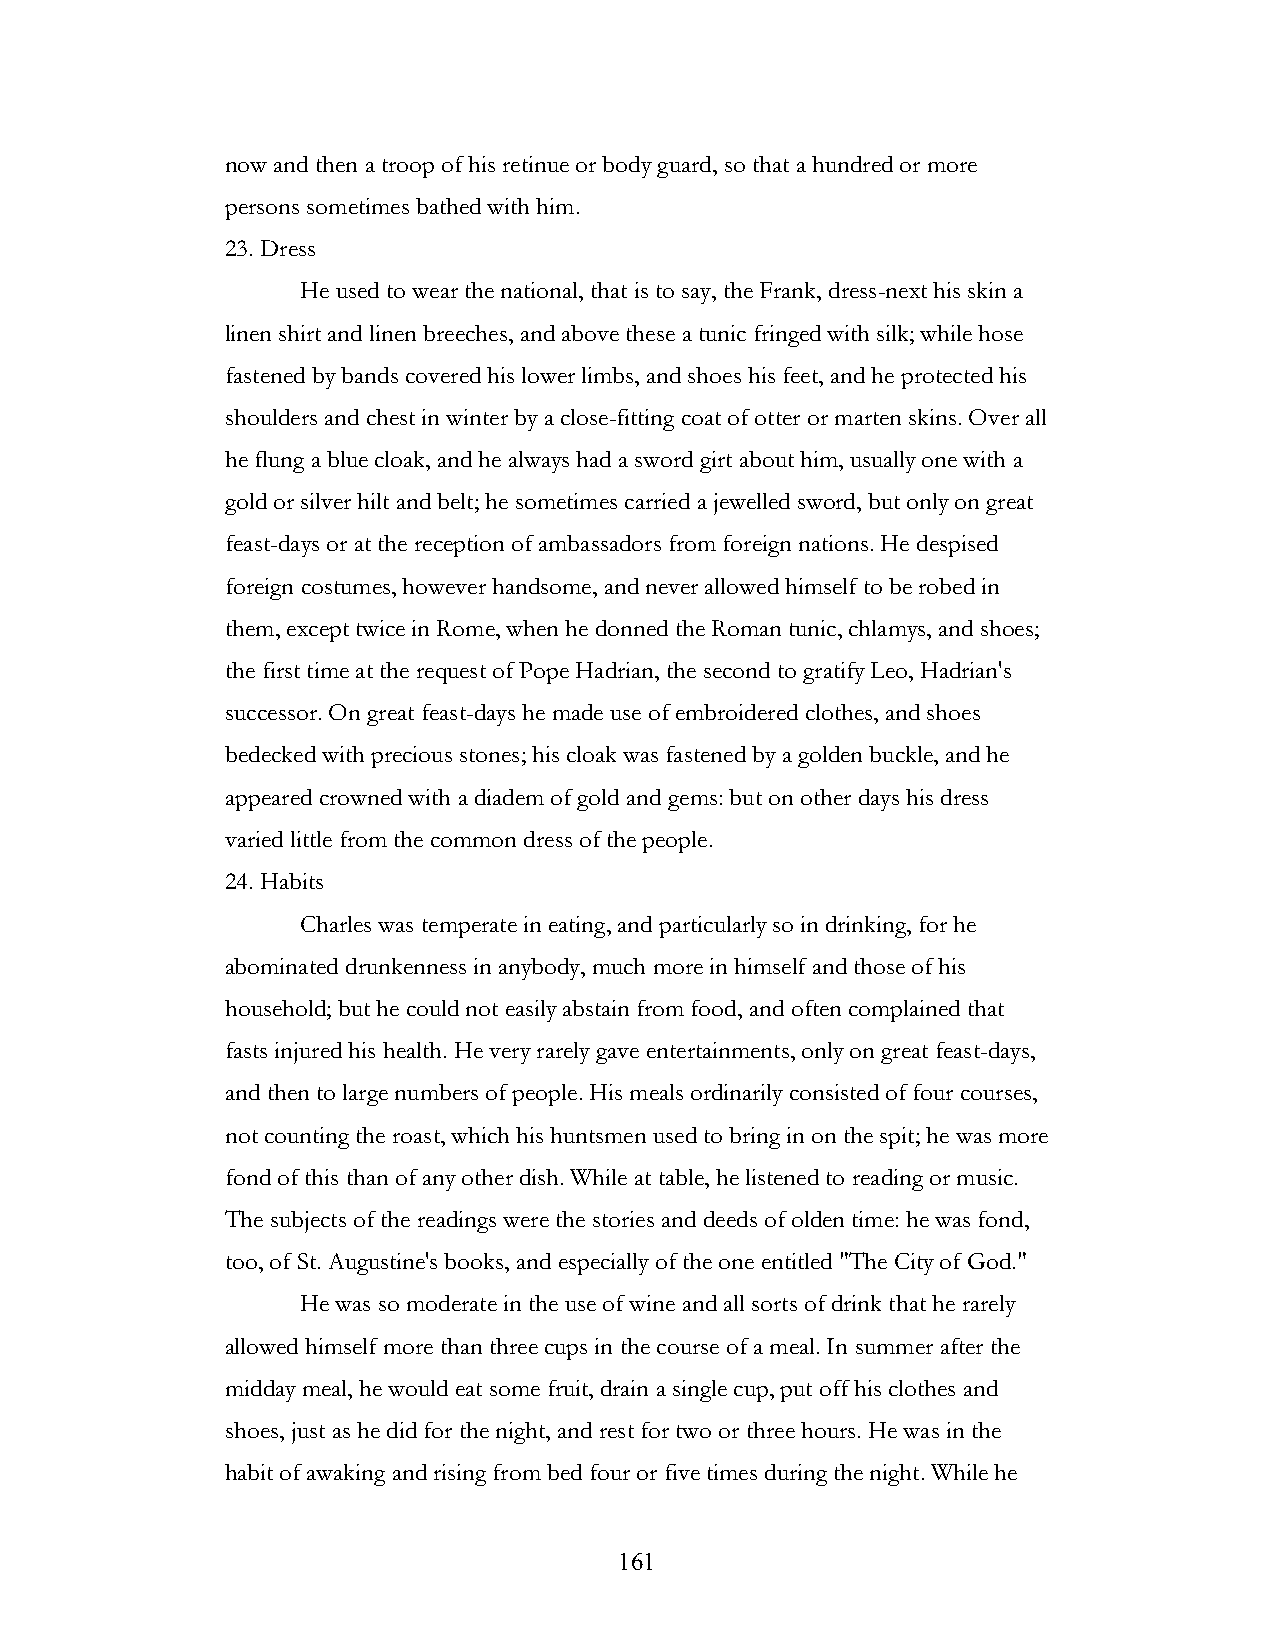
now and then a troop of his retinue or body guard, so that a hundred or more
 persons sometimes bathed with him.
 23. Dress
 He used to wear the national, that is to say, the Frank, dress-next his skin a
 linen shirt and linen breeches, and above these a tunic fringed with silk; while hose
 fastened by bands covered his lower limbs, and shoes his feet, and he protected his
 shoulders and chest in winter by a close-fitting coat of otter or marten skins. Over all
 he flung a blue cloak, and he always had a sword girt about him, usually one with a
 gold or silver hilt and belt; he sometimes carried a jewelled sword, but only on great
 feast-days or at the reception of ambassadors from foreign nations. He despised
 foreign costumes, however handsome, and never allowed himself to be robed in
 them, except twice in Rome, when he donned the Roman tunic, chlamys, and shoes;
 the first time at the request of Pope Hadrian, the second to gratify Leo, Hadrian's
 successor. On great feast-days he made use of embroidered clothes, and shoes
 bedecked with precious stones; his cloak was fastened by a golden buckle, and he
 appeared crowned with a diadem of gold and gems: but on other days his dress
 varied little from the common dress of the people.
 24. Habits
 Charles was temperate in eating, and particularly so in drinking, for he
 abominated drunkenness in anybody, much more in himself and those of his
 household; but he could not easily abstain from food, and often complained that
 fasts injured his health. He very rarely gave entertainments, only on great feast-days,
 and then to large numbers of people. His meals ordinarily consisted of four courses,
 not counting the roast, which his huntsmen used to bring in on the spit; he was more
 fond of this than of any other dish. While at table, he listened to reading or music.
 The subjects of the readings were the stories and deeds of olden time: he was fond,
 too, of St. Augustine's books, and especially of the one entitled "The City of God."
 He was so moderate in the use of wine and all sorts of drink that he rarely
 allowed himself more than three cups in the course of a meal. In summer after the
 midday meal, he would eat some fruit, drain a single cup, put off his clothes and
 shoes, just as he did for the night, and rest for two or three hours. He was in the
 habit of awaking and rising from bed four or five times during the night. While he
 !                         161